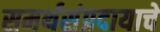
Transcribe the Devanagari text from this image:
समर्थसंप्रदायाचे